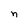
Character: n